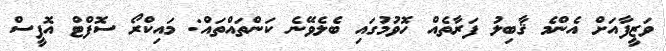
ވަޒީފާއަށް އެންމެ ޤާބިލު ފަރާތެއް ހޮވުމުގައި ބެލެވޭނެ ކަންތައްތައް: މައިކްރޯ ސޮފްޓް އޮފީސް